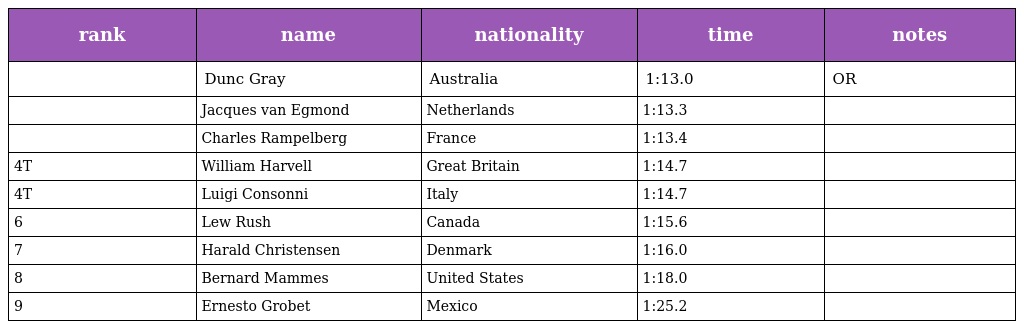
| rank | name | nationality | time | notes |
 | --- | --- | --- | --- | --- |
 |  | Dunc Gray | Australia | 1:13.0 | OR |
 |  | Jacques van Egmond | Netherlands | 1:13.3 |  |
 |  | Charles Rampelberg | France | 1:13.4 |  |
 | 4T | William Harvell | Great Britain | 1:14.7 |  |
 | 4T | Luigi Consonni | Italy | 1:14.7 |  |
 | 6 | Lew Rush | Canada | 1:15.6 |  |
 | 7 | Harald Christensen | Denmark | 1:16.0 |  |
 | 8 | Bernard Mammes | United States | 1:18.0 |  |
 | 9 | Ernesto Grobet | Mexico | 1:25.2 |  |